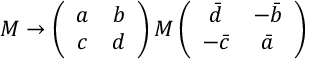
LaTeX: M \rightarrow \left( \begin{array} { c c } { { a } } & { { b } } \\ { { c } } & { { d } } \end{array} \right) M \left( \begin{array} { c c } { { \bar { d } } } & { { - \bar { b } } } \\ { { - \bar { c } } } & { { \bar { a } } } \end{array} \right)